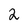
Character: 2